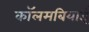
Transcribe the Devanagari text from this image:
कॉलमबियाई